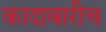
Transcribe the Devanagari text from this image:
कादाबारीच